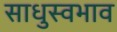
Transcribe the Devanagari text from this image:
साधुस्वभाव